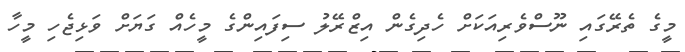
މީގެ ތެރޭގައި ނޫސްވެރިއަކަށް ހެދިގެން އިޒްރޭލު ސިފައިންގެ މީހެއް ގަޔަށް ވަޅިޖެހި މީހާ